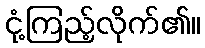
ငုံ့ကြည့်လိုက်၏။